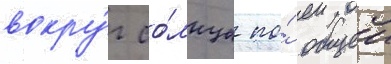
вокру́г со́лнца по́ общеи